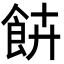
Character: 𩚰